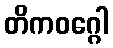
တိကဝဂ္ဂေါ